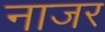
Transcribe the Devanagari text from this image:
नाजर